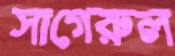
সাগেরুল